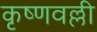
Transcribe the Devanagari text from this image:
कृष्णवल्ली